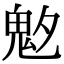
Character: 𩲁